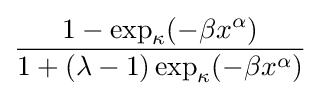
{\frac {1-\exp _{\kappa }(-\beta x^{\alpha })}{1+(\lambda -1)\exp _{\kappa }(-\beta x^{\alpha })}}